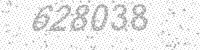
Solution: 628038